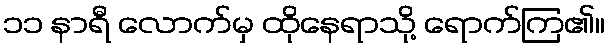
၁၁ နာရီ လောက်မှ ထိုနေရာသို့ ရောက်ကြ၏။